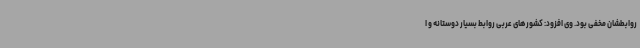
روابطشان مخفی بود. وی افزود: کشورهای عربی روابط بسیار دوستانه و ا